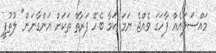
މައްސަލައެއް ފާހަގަ ވެއްޖެ ނަމަ ކަމާ ބެހޭ ފަރާތް ތަކަށް އަންގާނަން" ލުތުފީ